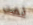
نمت